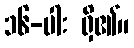
၁၆-ပါး ရှိ၏။